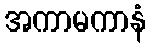
အကာမကာနံ